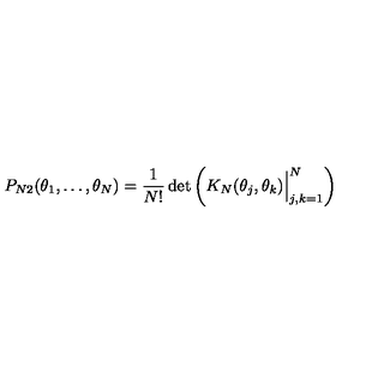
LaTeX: P _ { N 2 } ( \theta _ { 1 } , \ldots , \theta _ { N } ) = { \frac { 1 } { N ! } } \det \left( K _ { N } ( \theta _ { j } , \theta _ { k } ) \Bigr \vert _ { j , k = 1 } ^ { N } \right)